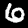
Digit: 6